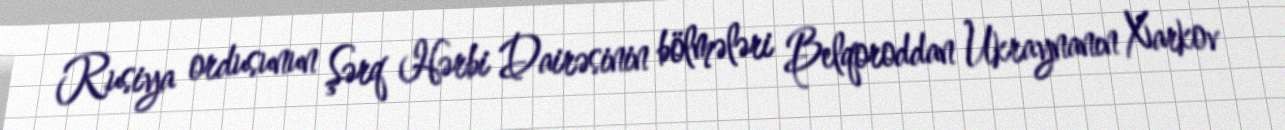
Rusiya ordusunun Şərq Hərbi Dairəsinin bölmələri Belqoroddan Ukraynanın Xarkov